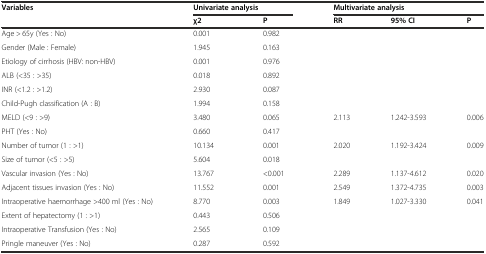
<table><thead><tr><td rowspan="2"><b>Variables</b></td><td colspan="2"><b>Univariate analysis</b></td><td colspan="3"><b>Multivariate analysis</b></td></tr><tr><td><b>χ2</b></td><td><b>P</b></td><td><b>RR</b></td><td><b>95% CI</b></td><td><b>P</b></td></tr></thead><tbody><tr><td>Age &gt; 65y (Yes : No)</td><td>0.001</td><td>0.982</td><td></td><td></td><td></td></tr><tr><td>Gender (Male : Female)</td><td>1.945</td><td>0.163</td><td></td><td></td><td></td></tr><tr><td>Etiology of cirrhosis (HBV: non-HBV)</td><td>0.001</td><td>0.976</td><td></td><td></td><td></td></tr><tr><td>ALB (&lt;35 : &gt;35)</td><td>0.018</td><td>0.892</td><td></td><td></td><td></td></tr><tr><td>INR (&lt;1.2 : &gt;1.2)</td><td>2.930</td><td>0.087</td><td></td><td></td><td></td></tr><tr><td>Child-Pugh classification (A : B)</td><td>1.994</td><td>0.158</td><td></td><td></td><td></td></tr><tr><td>MELD (&lt;9 : &gt;9)</td><td>3.480</td><td>0.065</td><td>2.113</td><td>1.242-3.593</td><td>0.006</td></tr><tr><td>PHT (Yes : No)</td><td>0.660</td><td>0.417</td><td></td><td></td><td></td></tr><tr><td>Number of tumor (1 : &gt;1)</td><td>10.134</td><td>0.001</td><td>2.020</td><td>1.192-3.424</td><td>0.009</td></tr><tr><td>Size of tumor (&lt;5 : &gt;5)</td><td>5.604</td><td>0.018</td><td></td><td></td><td></td></tr><tr><td>Vascular invasion (Yes : No)</td><td>13.767</td><td>&lt;0.001</td><td>2.289</td><td>1.137-4.612</td><td>0.020</td></tr><tr><td>Adjacent tissues invasion (Yes : No)</td><td>11.552</td><td>0.001</td><td>2.549</td><td>1.372-4.735</td><td>0.003</td></tr><tr><td>Intraoperative haemorrhage &gt;400 ml (Yes : No)</td><td>8.770</td><td>0.003</td><td>1.849</td><td>1.027-3.330</td><td>0.041</td></tr><tr><td>Extent of hepatectomy (1 : &gt;1)</td><td>0.443</td><td>0.506</td><td></td><td></td><td></td></tr><tr><td>Intraoperative Transfusion (Yes : No)</td><td>2.565</td><td>0.109</td><td></td><td></td><td></td></tr><tr><td>Pringle maneuver (Yes : No)</td><td>0.287</td><td>0.592</td><td></td><td></td><td></td></tr></tbody></table>